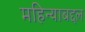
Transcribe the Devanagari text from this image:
महिन्याबद्दल